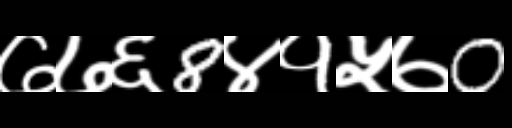
Text: ७७६8४१५७0